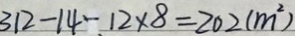
3 1 2 - 1 4 - 1 2 \times 8 = 2 0 2 ( m ^ { 2 } )